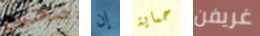
صحيح إن حماية غريفن